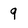
Character: 9